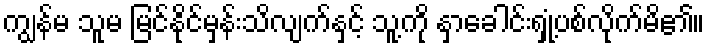
ကျွန်မ သူမ မြင်နိုင်မှန်းသိလျက်နှင့် သူ့ကို နှာခေါင်းရှုံ့ပစ်လိုက်မိ၏။